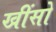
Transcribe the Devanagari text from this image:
खींसो